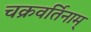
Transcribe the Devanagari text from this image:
चक्रवर्तिनाम्